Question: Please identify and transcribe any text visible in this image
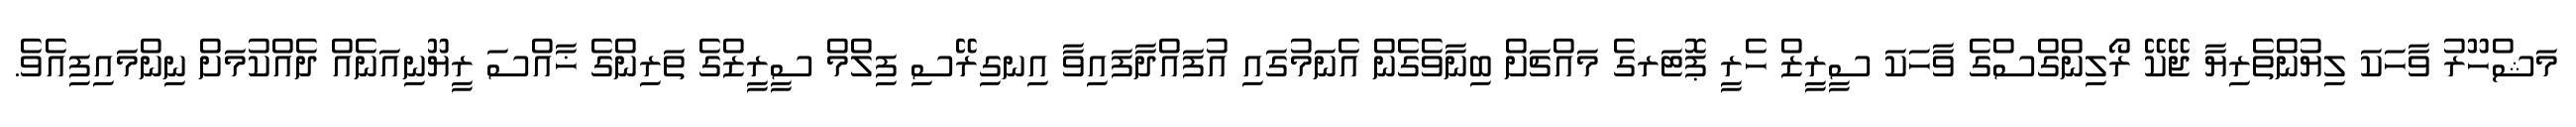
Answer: މަޝްހޫރު ވާހަކަ ލިޔުންތެރިޔާ ޖޭކޭ ރޯލިންގްސްގެ ވާހަކަ ސީރީޒް ހެރީ ޕޮޓަރގެ މައްޗަށް ބިނާވެގެން އެނަމުގައި އުފައްދާފައިވާ އިނގިރޭސި ފިލްމް ސީރީޒްގެ ތަރިންގެ ޚާއްސަ ރީޔޫނިއަނެއް ދެއްކުމަށް ނިންމައިފިއެވެ.